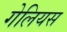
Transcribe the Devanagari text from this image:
गेलियस